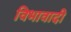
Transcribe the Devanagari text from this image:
विभावादी